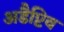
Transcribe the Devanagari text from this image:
अडैप्टिव